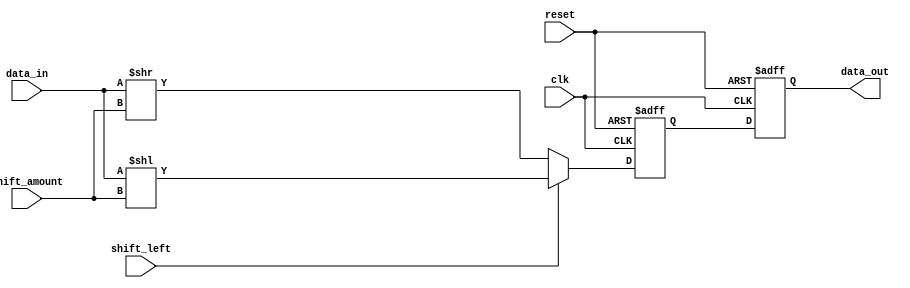
module barrel_shifter (
    input wire clk,
    input wire reset,
    input wire shift_left,
    input wire [3:0] shift_amount,
    input wire [31:0] data_in,
    output reg [31:0] data_out
);

reg [31:0] shift_data;

always @(posedge clk or posedge reset) begin
    if (reset) begin
        shift_data <= 32'b0;
        data_out <= 32'b0;
    end else begin
        if (shift_left) begin
            shift_data <= data_in << shift_amount;
        end else begin
            shift_data <= data_in >> shift_amount;
        end
        
        data_out <= shift_data;
    end
end

endmodule